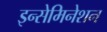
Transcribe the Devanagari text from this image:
इन्सेमिनेशन